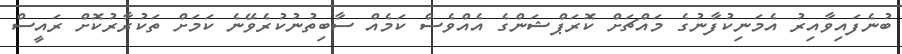
ބުނެފައިވާއިރު އެމަނިކުފާނުގެ މައްޗަށް ކޮރަޕްޝަންގެ އެއްވެސް ކަމެއް ސާބިތުނުކުރެވޭނެ ކަމަށް ތަކުރާރުކޮށް ރައީސް